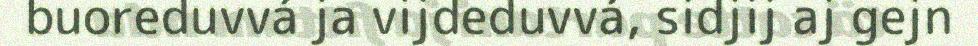
buoreduvvá ja vijdeduvvá, sidjij aj gejn